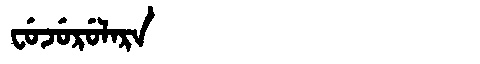
Manchu: ᠸᡠᠵᡠᡵᡠᠯᠠᡵᠠ
Romanization: FUJURULARA